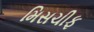
મિસચીફ